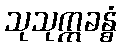
သုသုက္ကခန္ဓံ